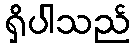
ရှိပါသည်